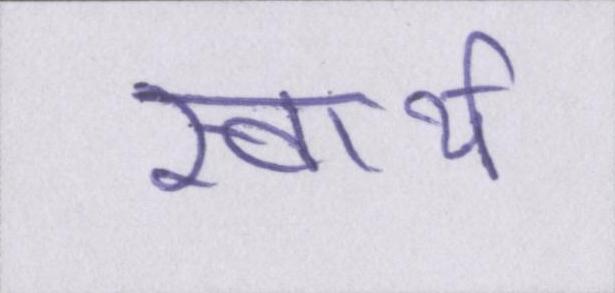
स्वार्थ